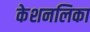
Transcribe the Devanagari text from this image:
केशनलिका